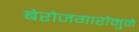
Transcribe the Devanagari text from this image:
बेरोजगारोमुळे